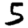
Digit: 5